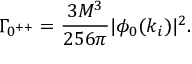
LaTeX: \Gamma _ { 0 ^ { + + } } = \frac { 3 M ^ { 3 } } { 2 5 6 \pi } | \phi _ { 0 } ( k _ { i } ) | ^ { 2 } .